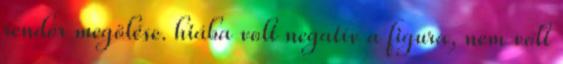
rendőr megölése. hiába volt negatív a figura, nem volt